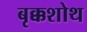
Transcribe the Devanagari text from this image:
बृक्कशोथ